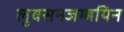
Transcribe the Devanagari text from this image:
लुवसनजम्बयिन